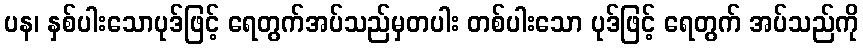
ပန၊ နှစ်ပါးသောပုဒ်ဖြင့် ရေတွက်အပ်သည်မှတပါး တစ်ပါးသော ပုဒ်ဖြင့် ရေတွက် အပ်သည်ကို